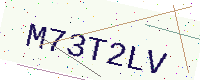
Text: M73T2LV